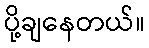
ပို့ချနေတယ်။